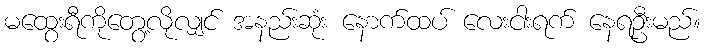
မထွေးရီကိုတွေ့လိုလျှင် အနည်းဆုံး နောက်ထပ် လေးငါးရက် နေရဦးမည်။